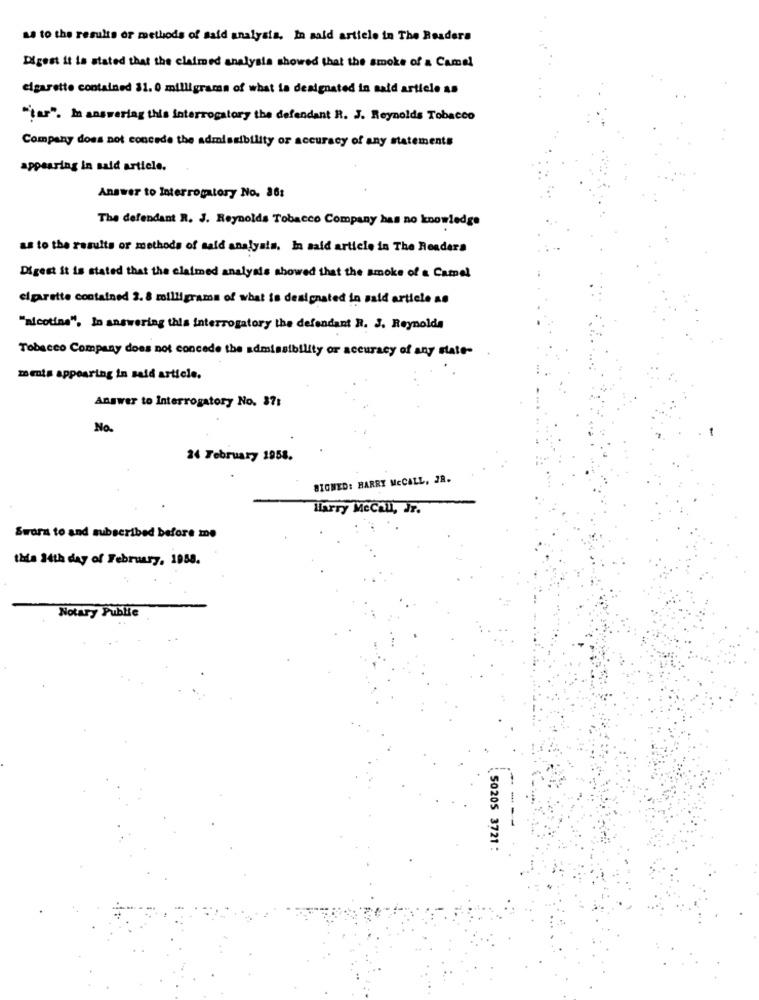
as to the results or methods of said analysis. In aald article in The Readers
Digest it is stated that the claimed analysis showed that the smoke of a Camel
cigarette contained 31. 0 milligrams of what ia designated in said article as
"tar". In answeriag this interrogatory the defendant R. J. Reynolds Tobacco
Company does not concede the admissibility or accuracy of any statements
appearing in said article.
Answer to Interrogatory No. 86:
The defendant R. J. Reynolds Tobacco Company has no knowledge
as to the results or methods of said analysis. In said article in The Readers
Digest it is stated that the claimed analysis showed that the smoke of a Camel
cigarette contained 2. 8 rollligrama of what is designated in said article as
"nicotine". In answering this interrogatory the defendant R. J. Reynolds
Tobacco Company does not concede the admissibility or accuracy of any state-
ments appearing in said article.
Answer to Interrogatory No. 37:
No.
24 February 1958.
SIGNED: HARRY MECALL, JR.
Marry MeCall, Jr.
Sworn to and subscribed before me
this H4th day of February, 1958.
Notary Public
50205 3721 :